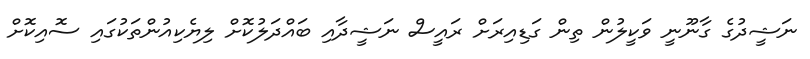
ނަޝީދުގެ ގާނޫނީ ވަކީލުން ތިން ގަޑިއިރަށް ރައީސް ނަޝީދާއި ބައްދަލުކޮށް ލިޔެކިއުންތަކުގައި ސޮއިކޮށް